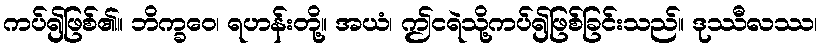
ကပ်၍ဖြစ်၏။ ဘိက္ခဝေ၊ ရဟန်းတို့။ အယံ၊ ဤငရဲသို့ကပ်၍ဖြစ်ခြင်းသည်။ ဒုဿီလဿ၊